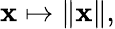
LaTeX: \mathbf{x}\mapsto\| \mathbf{x}\| ,